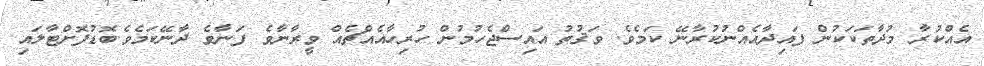
އެއްކުރާ މުދާތަކަކުން ފައިދާއެއްނުކުރާނޭ ކަމެވެ. ވަޤުތު އައިސްޖެހުމުން ހުރިހާއެއްޗެއް ވީރާނާވެ ފަނާވެ ދާނޭކަމެވެ.ބޮޑުފޮށްޓާލައި